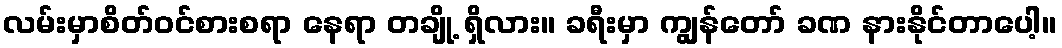
လမ်းမှာစိတ်ဝင်စားစရာ နေရာ တချို့ ရှိလား။ ခရီးမှာ ကျွန်တော် ခဏ နားနိုင်တာပေါ့။